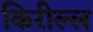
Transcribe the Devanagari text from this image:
किरील्ल